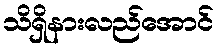
သိရှိနားလည်အောင်